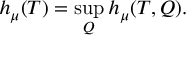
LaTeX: h _ { \mu } ( T ) = \operatorname* { s u p } _ { Q } h _ { \mu } ( T , Q ) .